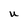
Character: U